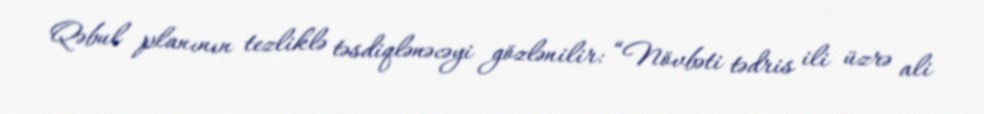
Qəbul planının tezliklə təsdiqlənəcəyi gözlənilir: “Növbəti tədris ili üzrə ali